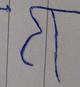
Signature authenticity: forged